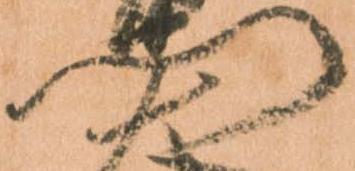
門